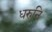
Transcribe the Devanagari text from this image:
धरुनि